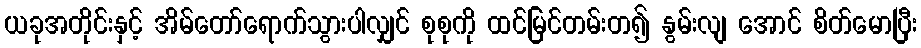
ယခုအတိုင်းနှင့် အိမ်တော်ရောက်သွားပါလျှင် စုစုကို ထင်မြင်တမ်းတ၍ နွမ်းလျ အောင် စိတ်မောပြီး